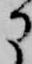
に